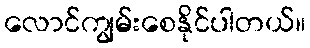
လောင်ကျွမ်းစေနိုင်ပါတယ်။